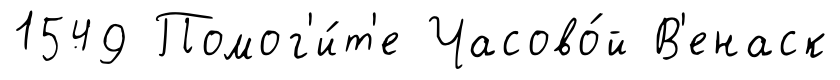
1549 Помог'и́т'е Часово́й В'енаск